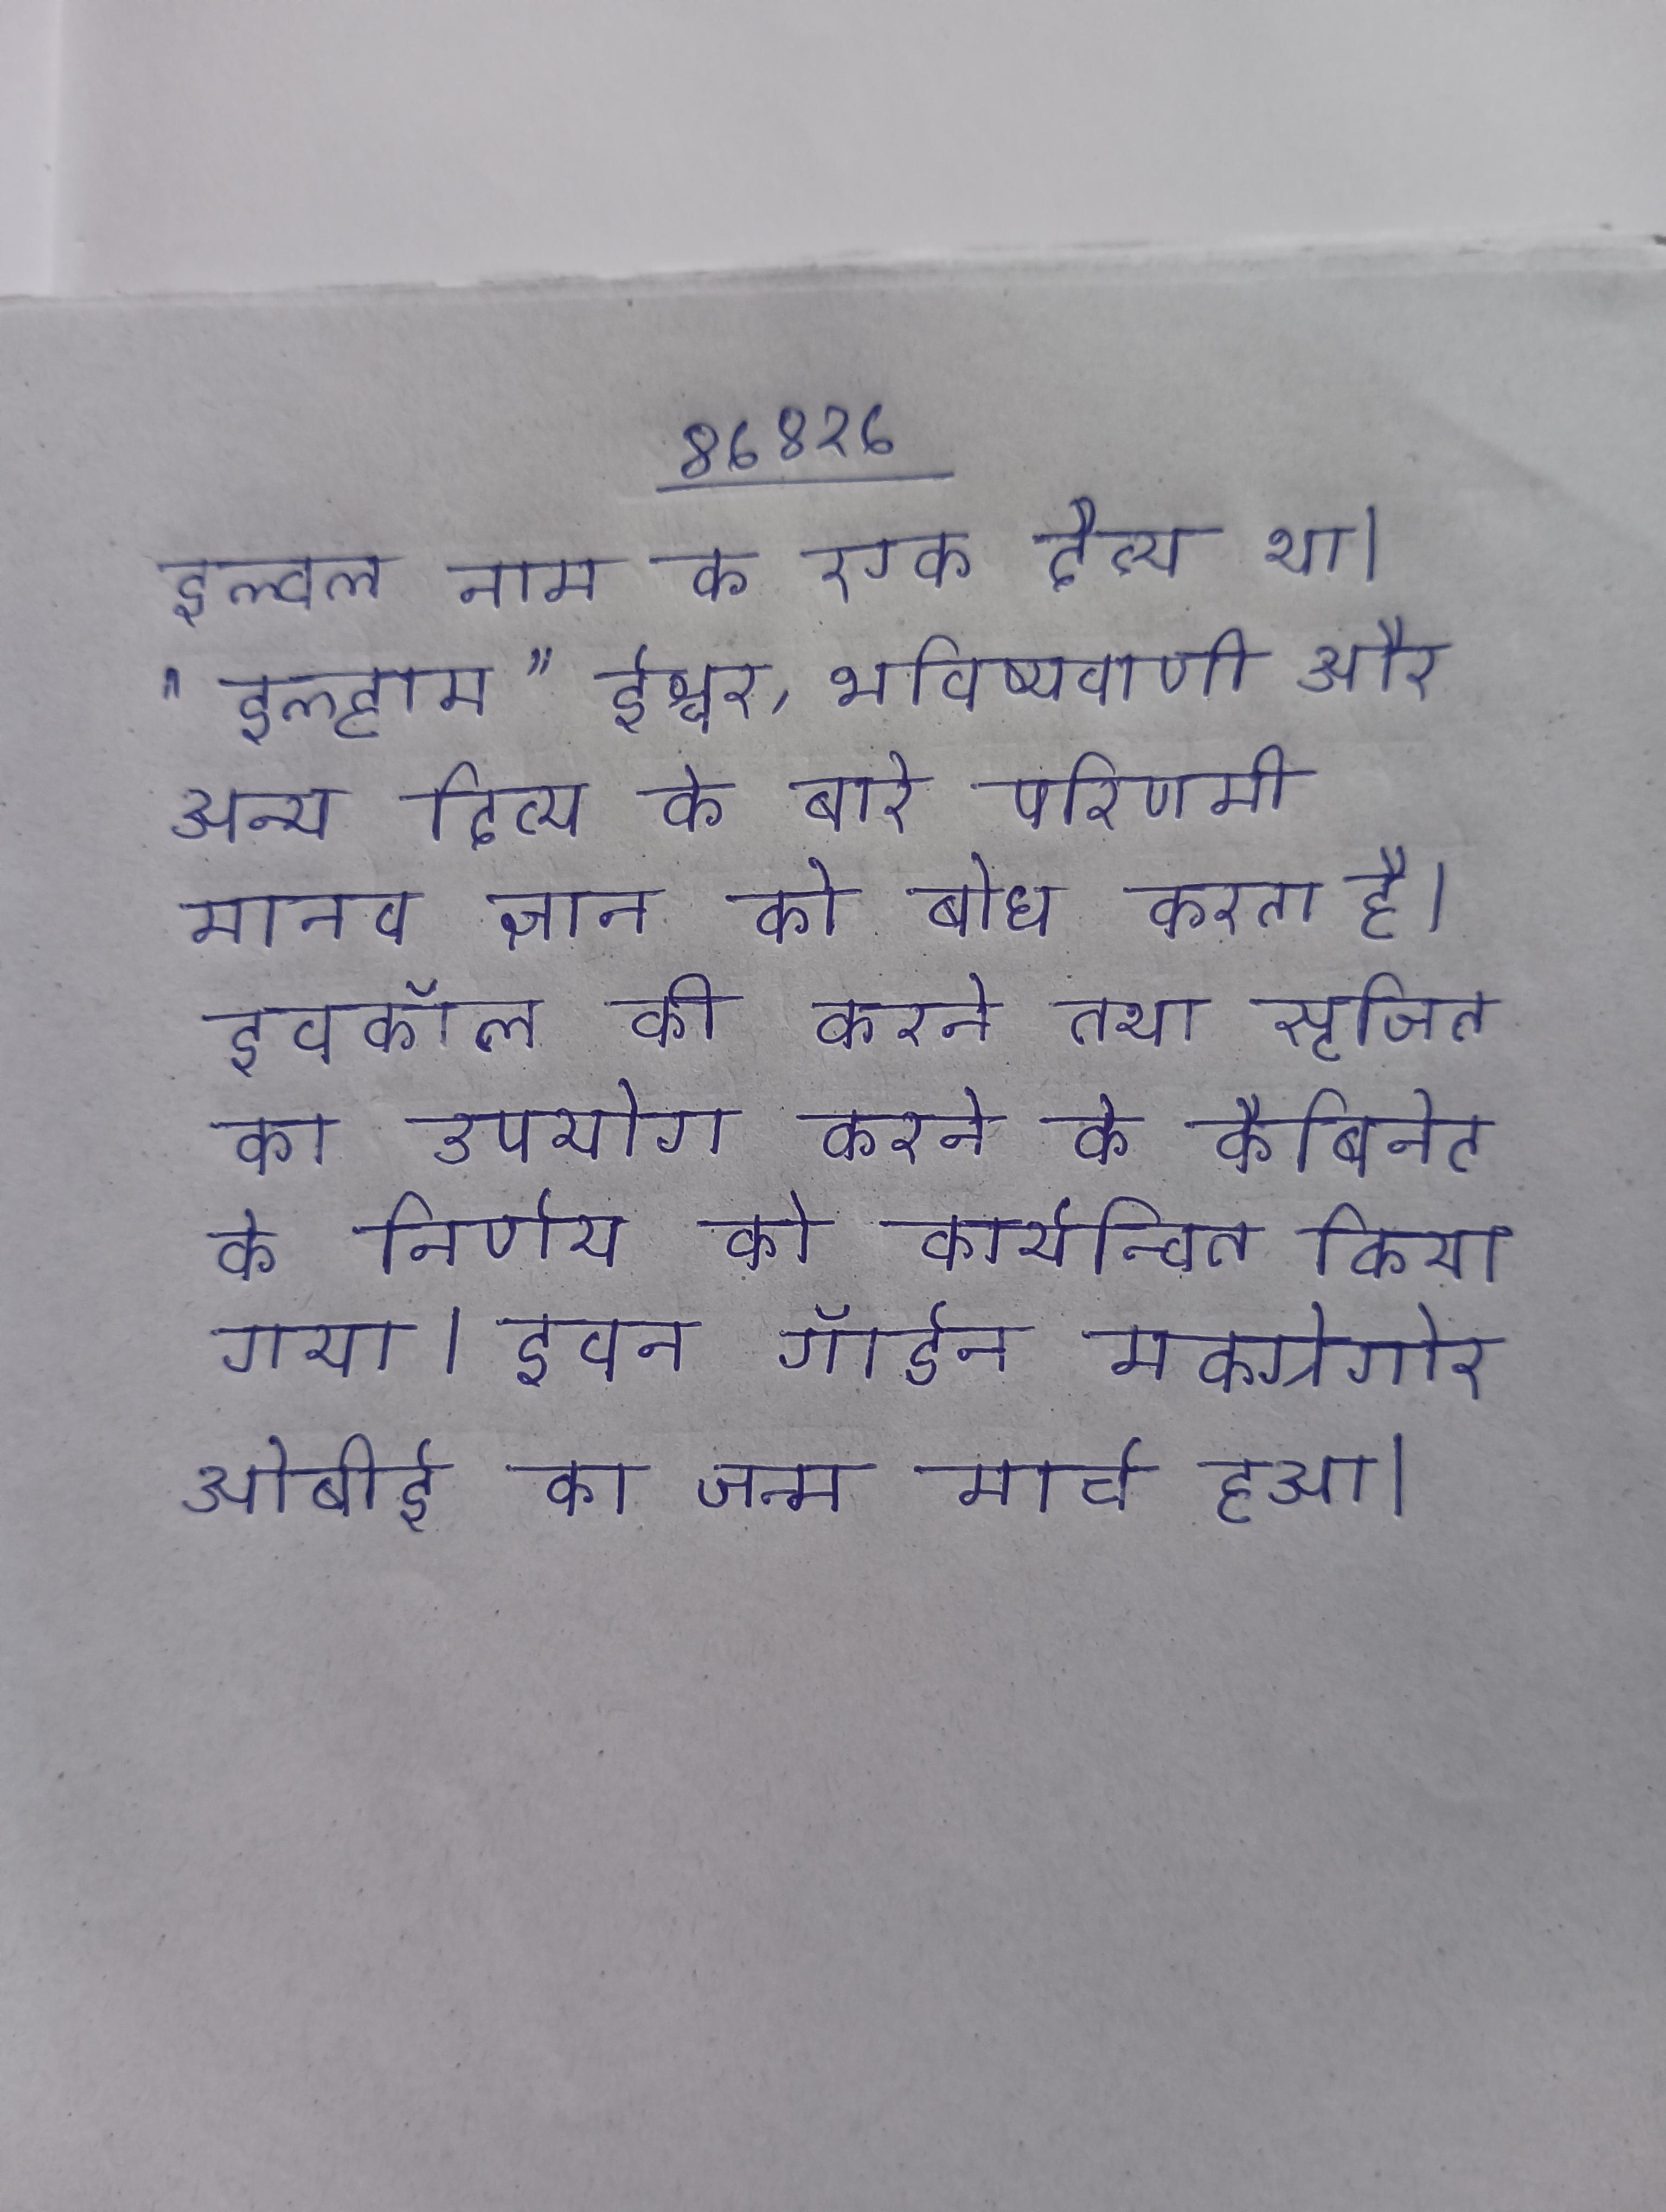
इल्वल नाम क एक दैत्य था । "इल्हाम" ईश्वर, भविष्यवाणी और अन्य दिव्य के बारे परिणामी मानव ज्ञान को बोध करता है । इवकॉल की करने तथा सृजित का उपयोग करने के कैबिनेट के निर्णय को कार्यान्वित किया गया । इवन गॉर्डन मक्ग्रेगोर ओबीई का जन्म मार्च हुआ ।